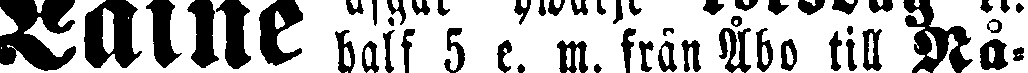
Laine half 5 e. m. från Åbo till Rå-